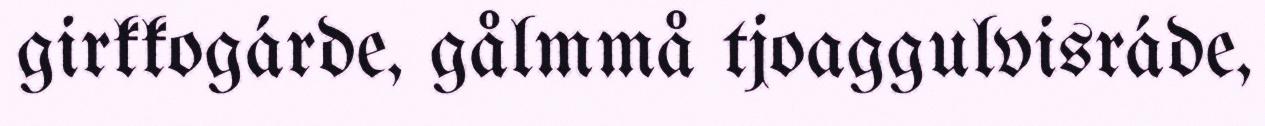
girkkogárde, gålmmå tjoaggulvisráde,